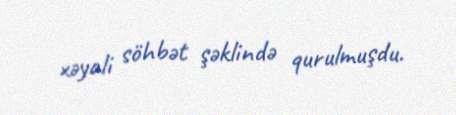
xəyali söhbət şəklində qurulmuşdu.